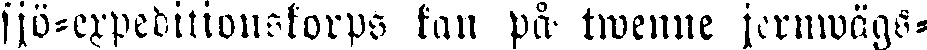
sjö-expeditionskorps kan på twenne jernwägs-